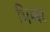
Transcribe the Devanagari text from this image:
भिम्बर